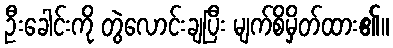
ဦးခေါင်းကို တွဲလောင်းချပြီး မျက်စိမှိတ်ထား၏။